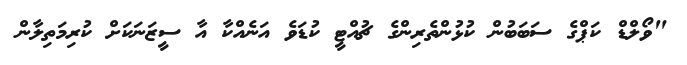
"ވޯލްޑް ކަޕްގެ ސަބަބުން ކުޅުންތެރިންގެ ޗުއްޓީ ކުޑަވެ އަނެއްކާ އާ ސީޒަނަކަށް ކުރިމަތިލާން